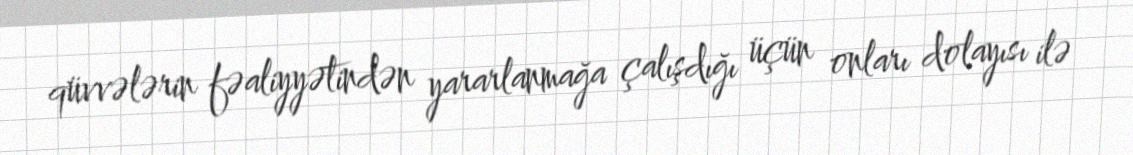
qüvvələrin fəaliyyətindən yararlanmağa çalışdığı üçün onları dolayısı ilə